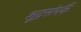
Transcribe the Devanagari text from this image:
शूद्रसंपर्कै